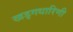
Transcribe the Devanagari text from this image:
खड्गधारिणी